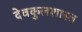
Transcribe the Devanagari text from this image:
देवकुलशास्त्र